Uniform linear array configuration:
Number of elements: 4
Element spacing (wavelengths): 0.25
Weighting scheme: cosine
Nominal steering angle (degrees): -60
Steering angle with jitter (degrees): -60.436
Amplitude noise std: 0.05
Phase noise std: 0.05

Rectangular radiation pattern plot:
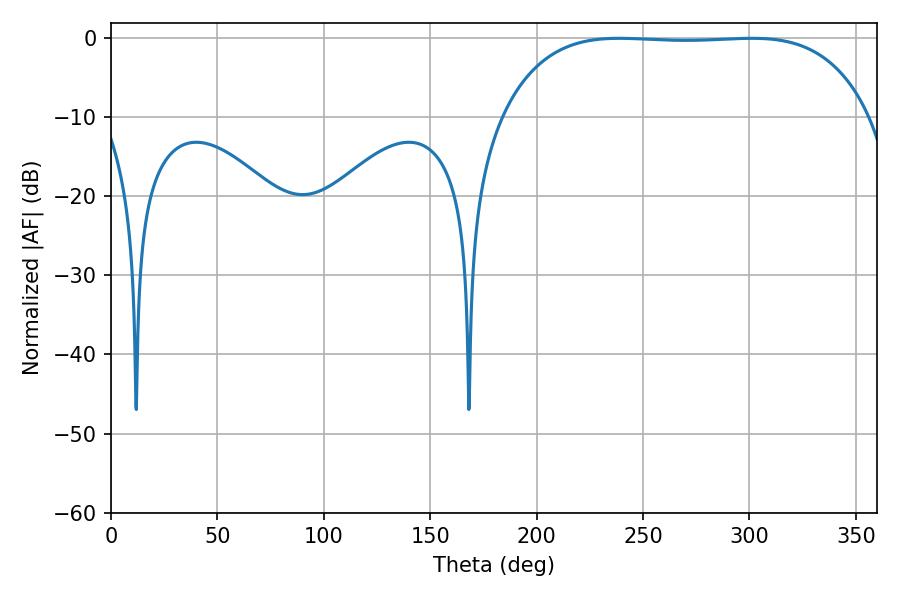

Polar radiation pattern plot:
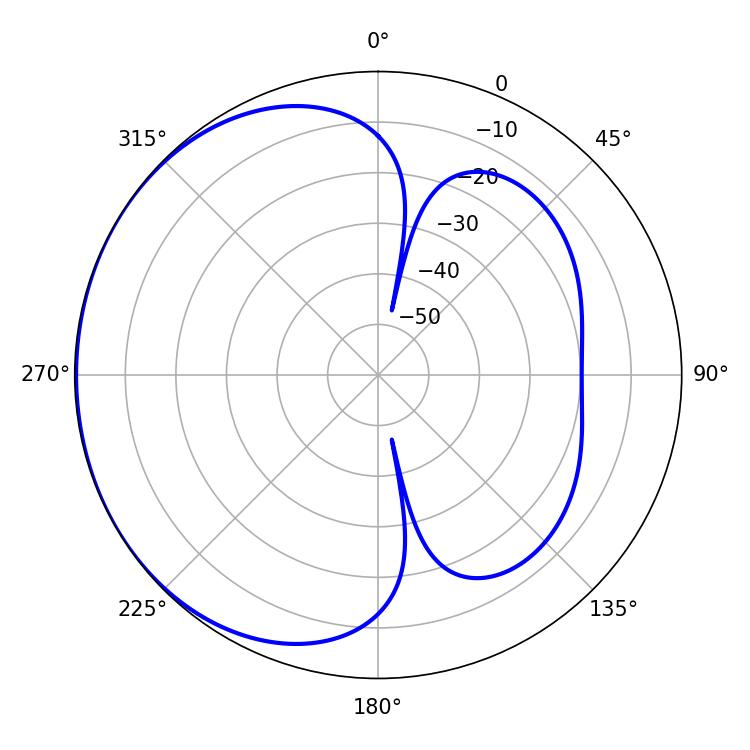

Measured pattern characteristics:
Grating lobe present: FALSE
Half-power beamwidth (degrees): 135
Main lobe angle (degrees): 238.86